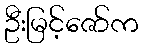
ဦးမြင့်ဇော်က